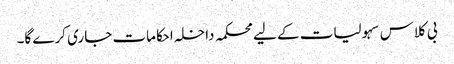
بی کلاس سہولیات کے لیے محکمہ داخلہ احکامات جاری کرے گا۔